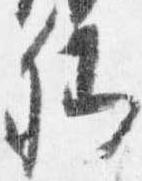
卿